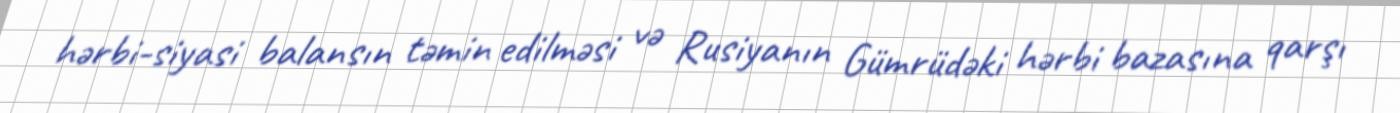
hərbi-siyasi balansın təmin edilməsi və Rusiyanın Gümrüdəki hərbi bazasına qarşı